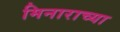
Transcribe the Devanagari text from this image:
मिनाराच्या